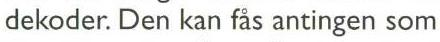
dekoder. Den kan fås antingen som